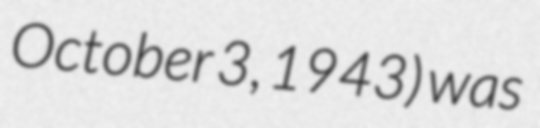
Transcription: October 3, 1943) was